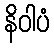
နိဝါပံ